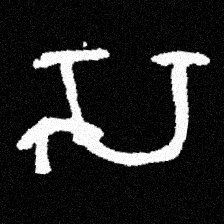
Pyu character \u2014 Myanmar letter: သ (romanized: sa)